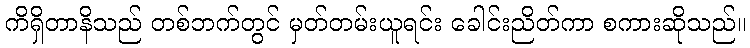
ကိရှိတာနိသည် တစ်ဘက်တွင် မှတ်တမ်းယူရင်း ခေါင်းညိတ်ကာ စကားဆိုသည်။